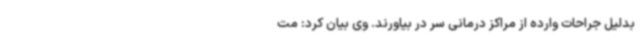
بدلیل جراحات وارده از مراکز درمانی سر در بیاورند. وی بیان کرد: مت